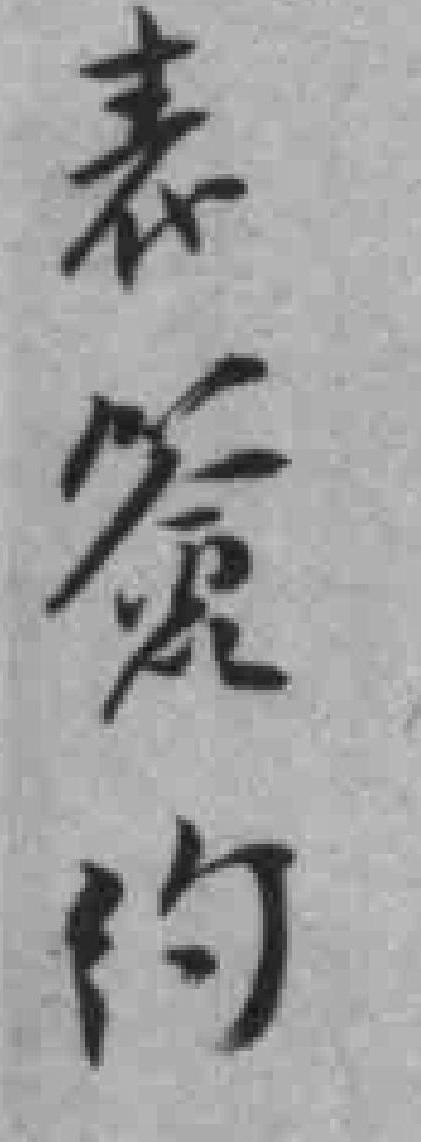
表簽约